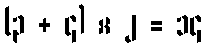
(၃ + ၄) × ၂ = ၁၄